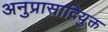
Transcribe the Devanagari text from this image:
अनुप्रासादियुक्त